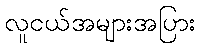
လူငယ်အများအပြား